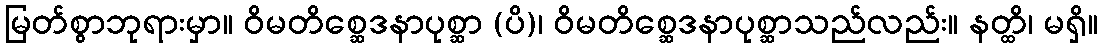
မြတ်စွာဘုရားမှာ။ ဝိမတိစ္ဆေဒနာပုစ္ဆာ (ပိ)၊ ဝိမတိစ္ဆေဒနာပုစ္ဆာသည်လည်း။ နတ္ထိ၊ မရှိ။